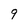
Character: 9